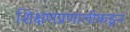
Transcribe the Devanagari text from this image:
शिक्षणप्रणालीकडून